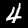
Label: 4